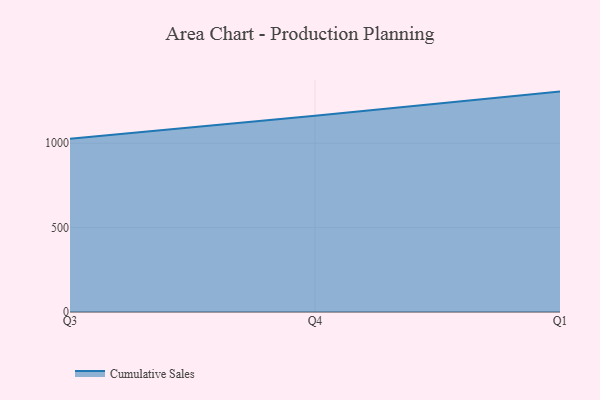
{"axis": {"x": "Quarter", "y": "Satisfaction Score"}, "legend": ["Cumulative Sales"], "data": [{"x": "Q3", "y": 1026.4, "type": "Cumulative Sales"}, {"x": "Q4", "y": 1162.4, "type": "Cumulative Sales"}, {"x": "Q1", "y": 1306.0, "type": "Cumulative Sales"}]}